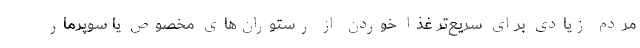
مردم زیادی برای سریع‌تر غذا خوردن از رستوران‌های مخصوص یا سوپرمار